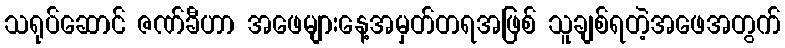
သရုပ်ဆောင် ဇဏ်ခီဟာ အဖေများနေ့အမှတ်တရအဖြစ် သူချစ်ရတဲ့အဖေအတွက်